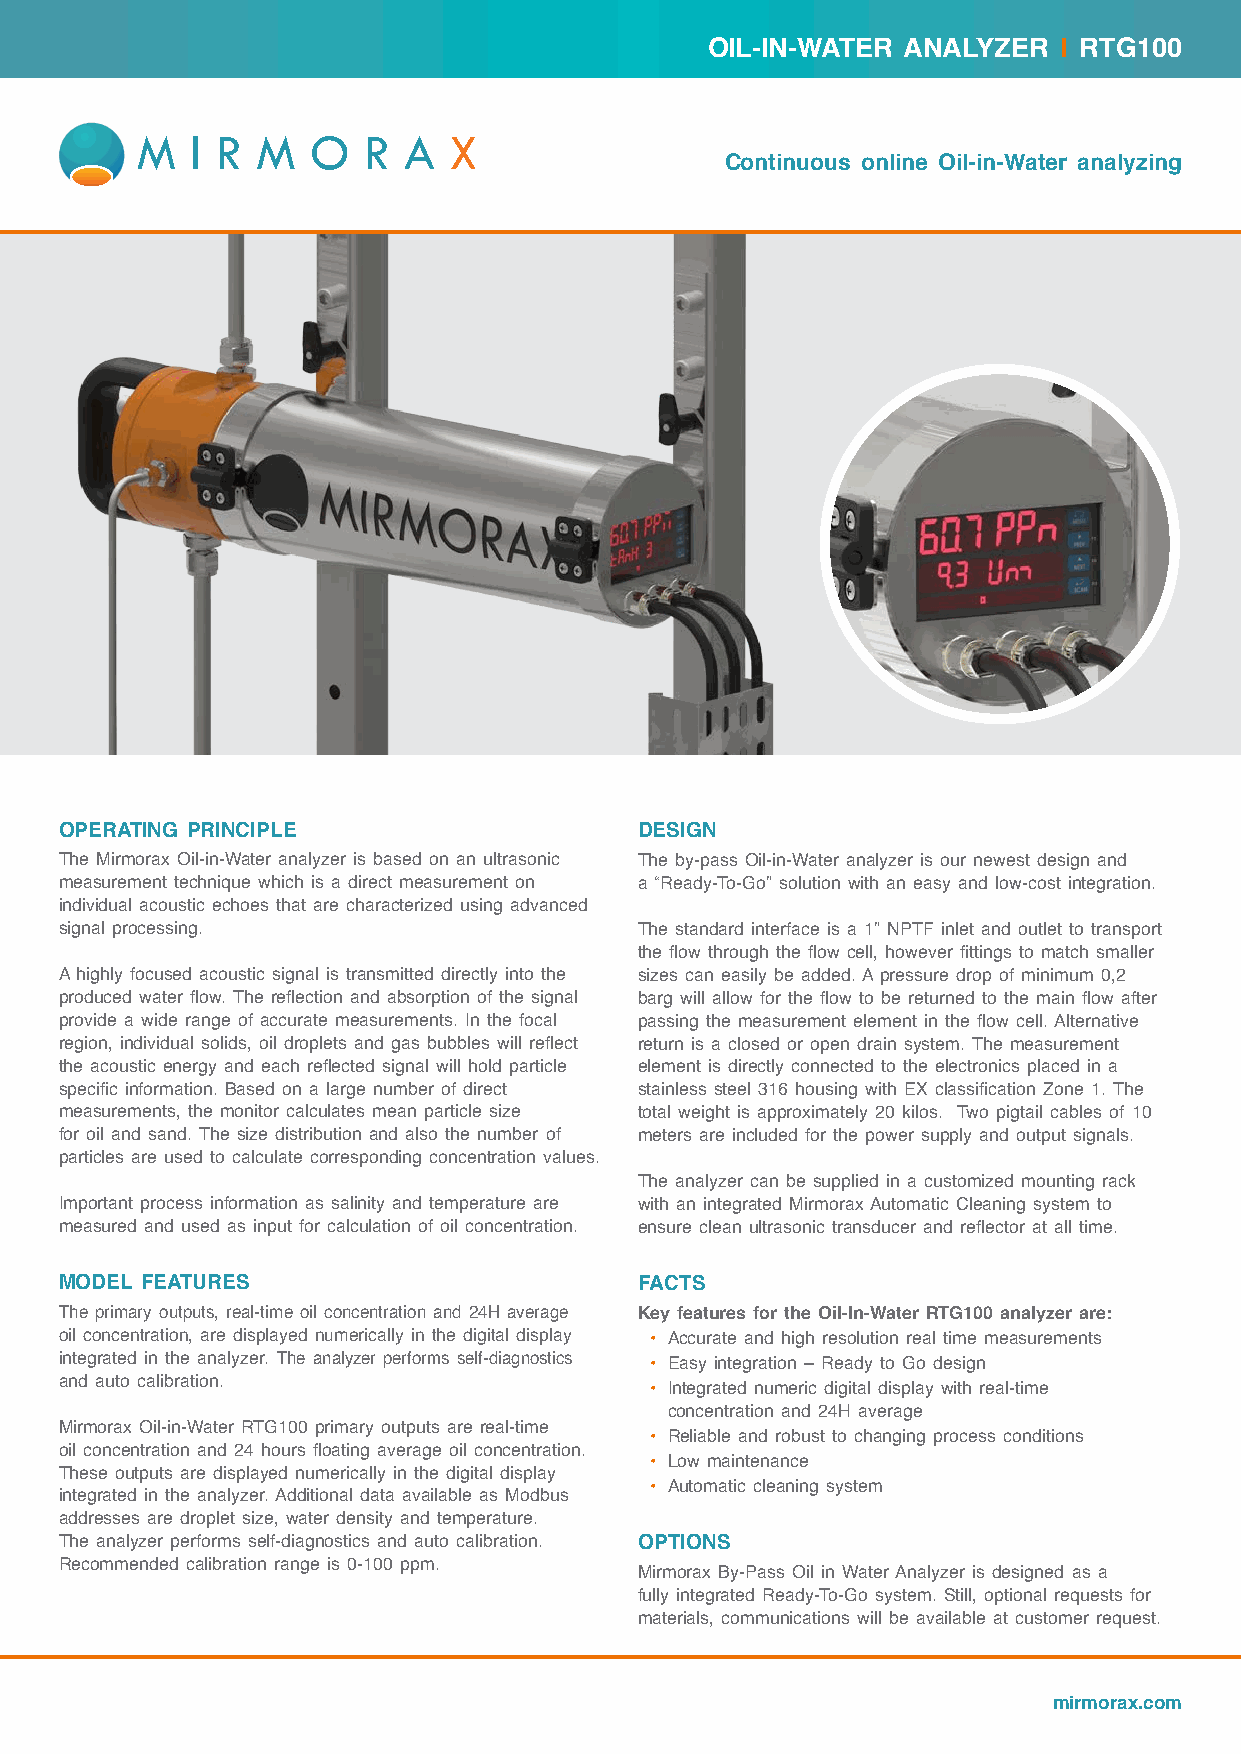
OIL-IN-WATER ANALYZER  | RTG100
 Continuous online Oil-in-Water analyzing
 OPERATING PRINCIPLE                   DESIGN
 The Mirmorax Oil-in-Water analyzer is based on an ultrasonic The by-pass Oil-in-Water analyzer is our newest design and
 measurement technique which is a direct measurement on a “Ready-To-Go” solution with an easy and low-cost integration.
 individual acoustic echoes that are characterized using advanced
 signal processing.                    The standard interface is a 1” NPTF inlet and outlet to transport
 the flow through the flow cell, however fittings to match smaller
 A highly focused acoustic signal is transmitted directly into the sizes can easily be added. A pressure drop of minimum 0,2
 produced water flow. The reflection and absorption of the signal barg will allow for the flow to be returned to the main flow after
 provide a wide range of accurate measurements. In the focal passing the measurement element in the flow cell. Alternative
 region, individual solids, oil droplets and gas bubbles will reflect return is a closed or open drain system. The measurement
 the acoustic energy and each reflected signal will hold particle element is directly connected to the electronics placed in a
 specific information. Based on a large number of direct stainless steel 316 housing with EX classification Zone 1. The
 measurements, the monitor calculates mean particle size total weight is approximately 20 kilos. Two pigtail cables of 10
 for oil and sand. The size distribution and also the number of meters are included for the power supply and output signals.
 particles are used to calculate corresponding concentration values.
 The analyzer can be supplied in a customized mounting rack
 Important process information as salinity and temperature are with an integrated Mirmorax Automatic Cleaning system to
 measured and used as input for calculation of oil concentration. ensure clean ultrasonic transducer and reflector at all time.
 MODEL FEATURES                        FACTS
 The primary outputs, real-time oil concentration and 24H average Key features for the Oil-In-Water RTG100 analyzer are:
 oil concentration, are displayed numerically in the digital display • Accurate and high resolution real time measurements
 integrated in the analyzer. The analyzer performs self-diagnostics • Easy integration – Ready to Go design
 and auto calibration.
 • Integrated numeric digital display with real-time
 concentration and 24H average
 Mirmorax Oil-in-Water RTG100 primary outputs are real-time
 • Reliable and robust to changing process conditions
 oil concentration and 24 hours floating average oil concentration.
 • Low maintenance
 These outputs are displayed numerically in the digital display
 • Automatic cleaning system
 integrated in the analyzer. Additional data available as Modbus
 addresses are droplet size, water density and temperature.
 The analyzer performs self-diagnostics and auto calibration. OPTIONS
 Recommended calibration range is 0-100 ppm.
 Mirmorax By-Pass Oil in Water Analyzer is designed as a
 fully integrated Ready-To-Go system. Still, optional requests for
 materials, communications will be available at customer request.
 mirmorax.com